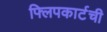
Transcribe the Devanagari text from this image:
फ्लिपकार्टची